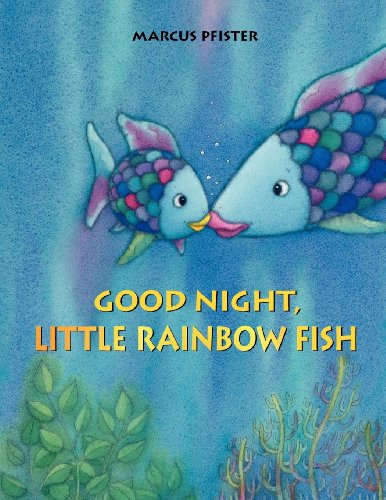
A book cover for Good Night, Little Rainbow Fish! (Rainbow Fish (North-South Books)); Marcus Pfister; Children's Books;